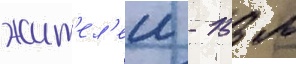
жит'ел'еи - 153 м